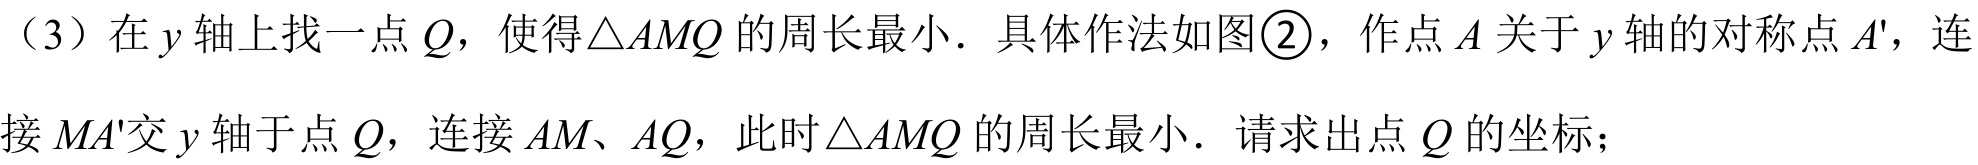
（3）在 \(y\) 轴上找一点 \(Q\)，使得\(\triangle AMQ\) 的周长最小．具体作法如图\textcircled{2}，作点 \(A\) 关于 \(y\) 轴的对称点 \(A'\)，连接 \(MA'\)交 \(y\) 轴于点 \(Q\)，连接 \(AM、AQ\)，此时\(\triangle AMQ\) 的周长最小．请求出点 \(Q\) 的坐标；